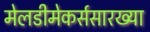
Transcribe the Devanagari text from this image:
मेलडीमेकर्ससारख्या